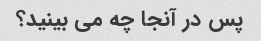
پس در آنجا چه می بینید؟